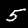
Digit: 5